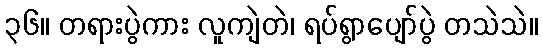
၃၆။ တရားပွဲကား လူကျဲတဲ၊ ရပ်ရွာပျော်ပွဲ တသဲသဲ။